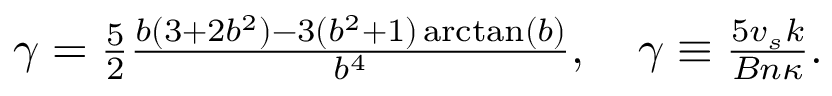
\begin{array} { r } { \gamma = \frac { 5 } { 2 } \frac { b ( 3 + 2 b ^ { 2 } ) - 3 ( b ^ { 2 } + 1 ) \arctan ( b ) } { b ^ { 4 } } , \quad \gamma \equiv \frac { 5 v _ { s } k } { B n \kappa } . } \end{array}